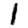
Digit: 1